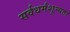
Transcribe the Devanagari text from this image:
सर्वधर्मशून्यता